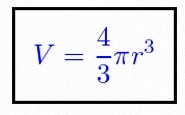
V=\frac43\pi r^3